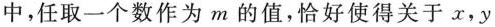
中，任取一个数作为m的值，恰好使得关于x，y